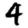
Digit: 4